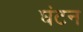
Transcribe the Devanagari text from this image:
घंटन